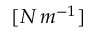
[ N \, m ^ { - 1 } ]